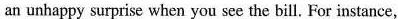
an unhappy surprise when you see the bill. For instance,